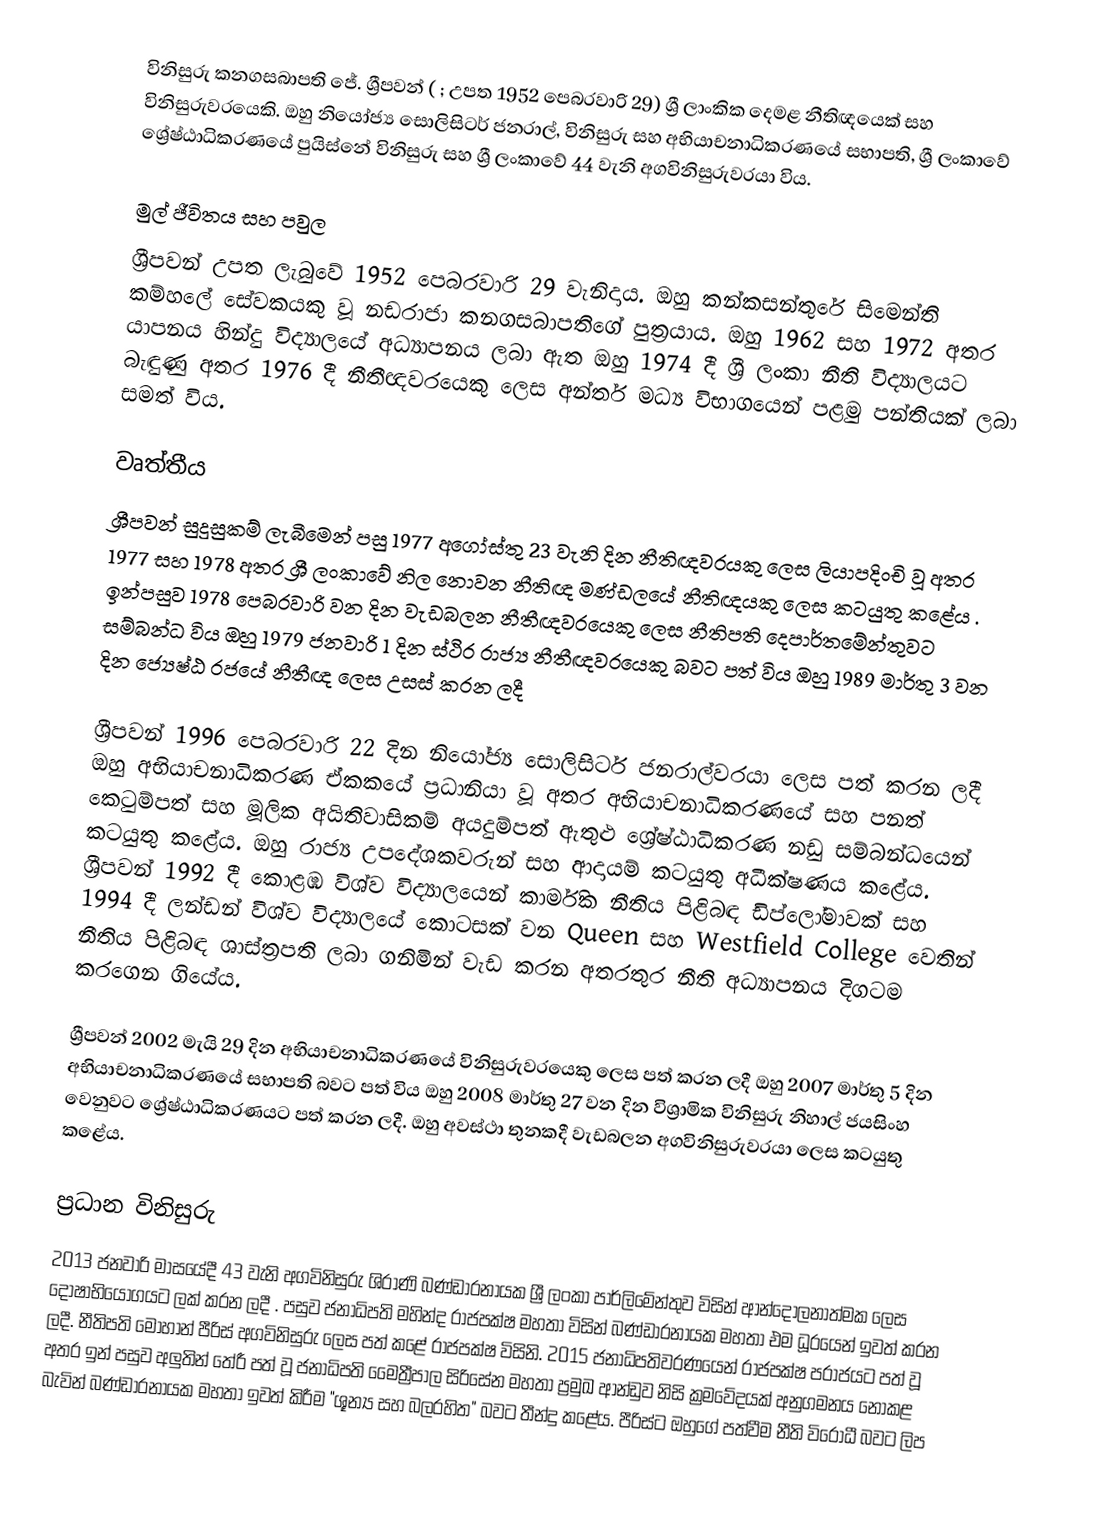
විනිසුරු කනගසබාපති ජේ. ශ්‍රීපවන් ( ; උපත 1952 පෙබරවාරි 29) ශ්‍රී ලාංකික දෙමළ නීතිඥයෙක් සහ විනිසුරුවරයෙකි. ඔහු නියෝජ්‍ය සොලිසිටර් ජනරාල්, විනිසුරු සහ අභියාචනාධිකරණයේ සභාපති, ශ්‍රී ලංකාවේ ශ්‍රේෂ්ඨාධිකරණයේ පුයිස්නේ විනිසුරු සහ ශ්‍රී ලංකාවේ 44 වැනි අගවිනිසුරුවරයා විය.

මුල් ජීවිතය සහ පවුල
ශ්‍රීපවන් උපත ලැබුවේ 1952 පෙබරවාරි 29 වැනිදාය.   ඔහු කන්කසන්තුරේ සිමෙන්ති කම්හලේ සේවකයකු වූ නඩරාජා කනගසබාපතිගේ පුත්‍රයාය. ඔහු 1962 සහ 1972 අතර යාපනය හින්දු විද්‍යාලයේ අධ්‍යාපනය ලබා ඇත    ඔහු 1974 දී ශ්‍රී ලංකා නීති විද්‍යාලයට බැඳුණු අතර 1976 දී නීතීඥවරයෙකු ලෙස අන්තර් මධ්‍ය විභාගයෙන් පළමු පන්තියක් ලබා සමත් විය.

වෘත්තීය
ශ්‍රීපවන් සුදුසුකම් ලැබීමෙන් පසු 1977 අගෝස්තු 23 වැනි දින නීතිඥවරයකු ලෙස ලියාපදිංචි වූ අතර 1977 සහ 1978 අතර ශ්‍රී ලංකාවේ නිල නොවන නීතිඥ මණ්‌ඩලයේ නීතිඥයකු ලෙස කටයුතු කළේය .    ඉන්පසුව  1978 පෙබරවාරි  වන දින වැඩබලන  නීතීඥවරයෙකු ලෙස නීතිපති දෙපාර්තමේන්තුවට සම්බන්ධ විය  ඔහු 1979 ජනවාරි 1 දින ස්ථිර රාජ්‍ය නීතීඥවරයෙකු බවට පත් විය   ඔහු 1989 මාර්තු 3 වන දින ජ්‍යෙෂ්ඨ රජයේ නීතීඥ ලෙස උසස් කරන ලදී

ශ්‍රීපවන් 1996 පෙබරවාරි 22 දින නියෝජ්‍ය සොලිසිටර් ජනරාල්වරයා ලෙස පත් කරන ලදී    ඔහු අභියාචනාධිකරණ ඒකකයේ ප්‍රධානියා වූ අතර අභියාචනාධිකරණයේ සහ පනත් කෙටුම්පත් සහ මූලික අයිතිවාසිකම් අයදුම්පත් ඇතුළු ශ්‍රේෂ්ඨාධිකරණ නඩු සම්බන්ධයෙන් කටයුතු කළේය.  ඔහු රාජ්‍ය උපදේශකවරුන් සහ ආදායම් කටයුතු අධීක්ෂණය කළේය.  ශ්‍රීපවන් 1992 දී කොළඹ විශ්ව විද්‍යාලයෙන් කාර්මික නීතිය පිළිබඳ ඩිප්ලෝමාවක් සහ 1994 දී ලන්ඩන් විශ්ව විද්‍යාලයේ කොටසක් වන Queen  සහ Westfield College වෙතින් නීතිය පිළිබඳ ශාස්ත්‍රපති  ලබා ගනිමින් වැඩ කරන අතරතුර නීති අධ්‍යාපනය දිගටම කරගෙන ගියේය.

ශ්‍රීපවන් 2002 මැයි 29 දින අභියාචනාධිකරණයේ විනිසුරුවරයෙකු ලෙස පත් කරන ලදී    ඔහු 2007 මාර්තු 5 දින අභියාචනාධිකරණයේ සභාපති බවට පත් විය    ඔහු 2008 මාර්තු 27 වන දින විශ්‍රාමික විනිසුරු නිහාල් ජයසිංහ වෙනුවට ශ්‍රේෂ්ඨාධිකරණයට පත් කරන ලදී.    ඔහු අවස්ථා තුනකදී වැඩබලන අගවිනිසුරුවරයා ලෙස කටයුතු කළේය.

ප්‍රධාන විනිසුරු
2013 ජනවාරි මාසයේදී 43 වැනි අගවිනිසුරු ශිරාණි බණ්ඩාරනායක ශ්‍රී ලංකා පාර්ලිමේන්තුව විසින් ආන්දෝලනාත්මක ලෙස දෝෂාභියෝගයට ලක් කරන ලදී .  පසුව ජනාධිපති මහින්ද රාජපක්ෂ මහතා විසින් බණ්ඩාරනායක මහතා එම ධූරයෙන් ඉවත් කරන ලදී.   නීතිපති මොහාන් පීරිස් අගවිනිසුරු ලෙස පත් කළේ රාජපක්ෂ විසිනි.   2015 ජනාධිපතිවරණයෙන් රාජපක්ෂ පරාජයට පත් වූ අතර ඉන් පසුව අලුතින් තේරී පත් වූ ජනාධිපති මෛත්‍රීපාල සිරිසේන මහතා ප්‍රමුඛ ආන්ඩුව නිසි ක්‍රමවේදයක් අනුගමනය නොකළ බැවින් බණ්ඩාරනායක මහතා ඉවත් කිරීම "ශූන්‍ය සහ බලරහිත" බවට තීන්දු කළේය.   පීරිස්ට ඔහුගේ පත්වීම නීති විරෝධී බවට ලිප